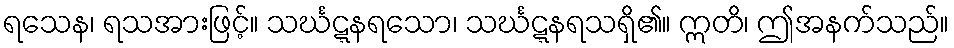
ရသေန၊ ရသအားဖြင့်။ သင်္ဃဋ္ဋနရသော၊ သင်္ဃဋ္ဋနရသရှိ၏။ ဣတိ၊ ဤအနက်သည်။